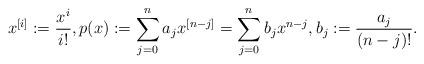
LaTeX: \begin{align*}x^{[i]}:=\frac{x^i}{i!},p(x):=\sum_{j=0}^n a_j x^{[n-j]}=\sum_{j=0}^n b_j x^{ n-j },b_j:=\frac {a_j}{(n-j)!}. \end{align*}